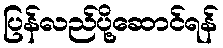
ပြန်လည်ပို့ဆောင်ရန်